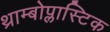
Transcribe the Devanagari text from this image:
थ्राम्बोप्लास्टिक